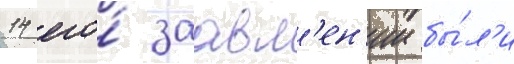
14 его́ заавл'ен'ии бы́л'и